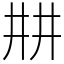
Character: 㐩